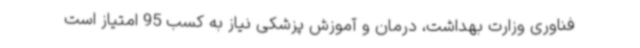
فناوری وزارت بهداشت، درمان و آموزش پزشکی نیاز به کسب 95 امتیاز است